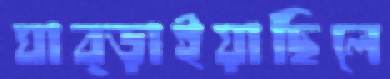
ঘাব্‌ড়াইয়াছিলে